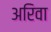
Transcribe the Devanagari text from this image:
अरिवा